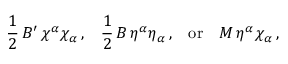
{ \frac { 1 } { 2 } } \, B ^ { \prime } \, \chi ^ { \alpha } \chi _ { \alpha } \, { \mathrm { , } } \quad { \frac { 1 } { 2 } } \, B \, \eta ^ { \alpha } \eta _ { \alpha } \, { \mathrm { , } } \quad { \mathrm { o r } } \quad M \, \eta ^ { \alpha } \chi _ { \alpha } \, { \mathrm { , } }